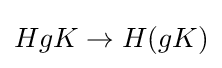
HgK\to H(gK)